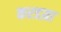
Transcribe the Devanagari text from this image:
करडय़ा